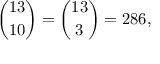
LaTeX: { \binom { 1 3 } { 1 0 } } = { \binom { 1 3 } { 3 } } = 2 8 6 ,